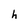
Character: h